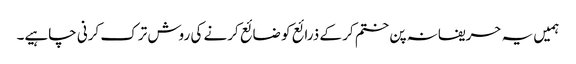
ہمیں یہ حریفانہ پن ختم کر کے ذرائع کو ضائع کرنے کی روش ترک کرنی چاہیے۔